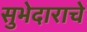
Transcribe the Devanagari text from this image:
सुभेदाराचे